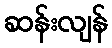
ဆန်းလျန်